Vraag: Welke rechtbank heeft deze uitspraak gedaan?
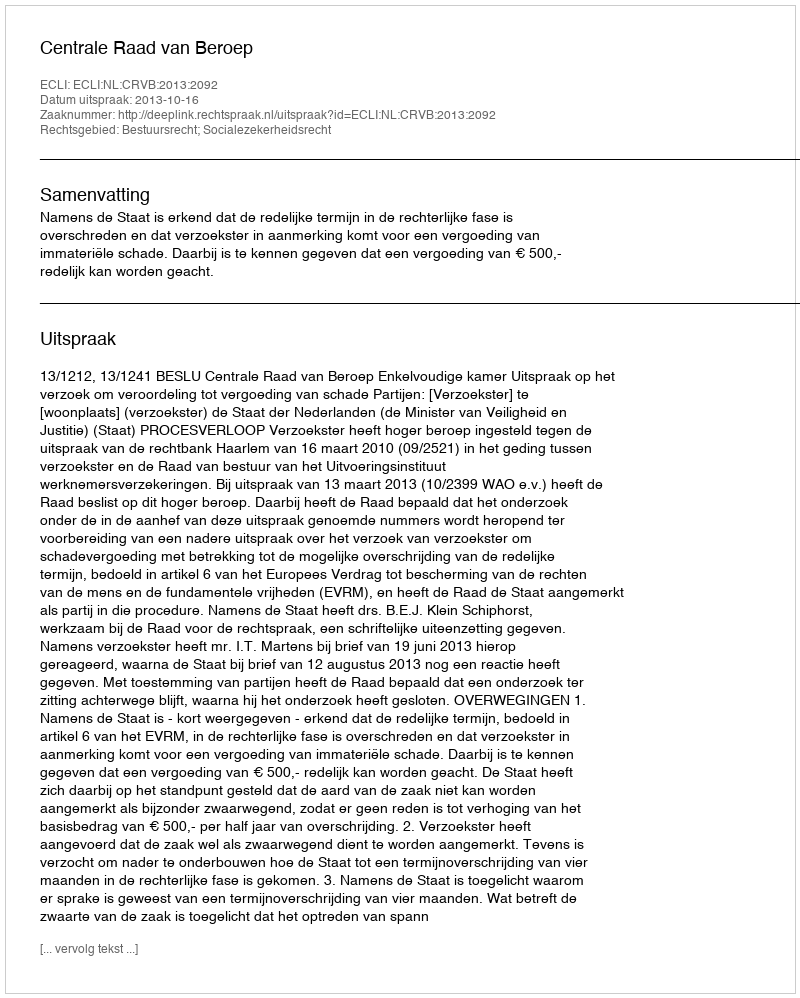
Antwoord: Centrale Raad van Beroep